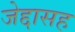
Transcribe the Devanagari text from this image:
जेद्दासह